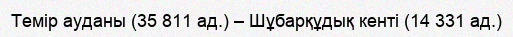
Темір ауданы (35 811 ад.) – Шұбарқұдық кенті (14 331 ад.)